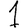
Digit: 1